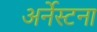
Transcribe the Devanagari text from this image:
अर्नेस्टना